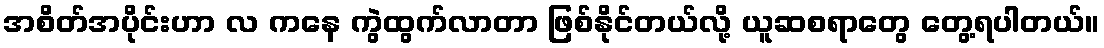
အစိတ်အပိုင်းဟာ လ ကနေ ကွဲထွက်လာတာ ဖြစ်နိုင်တယ်လို့ ယူဆစရာတွေ တွေ့ရပါတယ်။